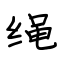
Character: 绳